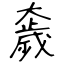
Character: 奯